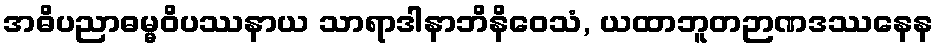
အဓိပညာဓမ္မဝိပဿနာယ သာရာဒါနာဘိနိဝေသံ, ယထာဘူတဉာဏဒဿနေန